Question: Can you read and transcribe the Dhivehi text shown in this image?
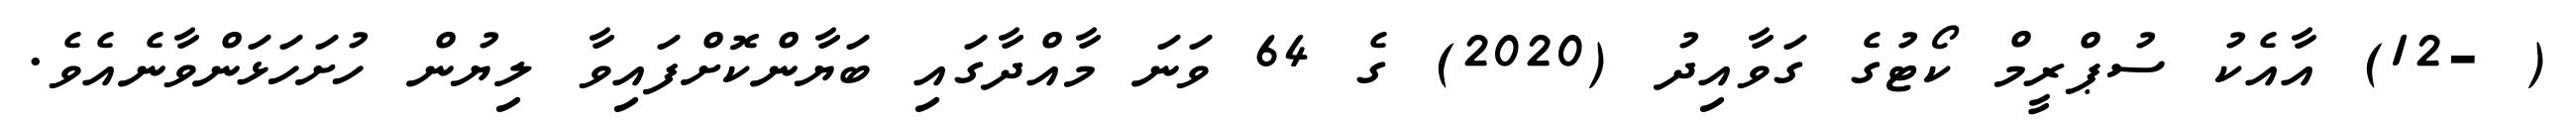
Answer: ( -12) އާއެކު ސުޕްރީމް ކޯޓުގެ ގަވާއިދު (2020) ގެ 64 ވަނަ މާއްދާގައި ބަޔާންކޮށްފައިވާ ލިޔުން ހުށަހަޅަންވާނެއެވެ.